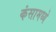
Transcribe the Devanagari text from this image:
कंसामध्ये